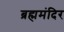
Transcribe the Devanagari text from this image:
ब्रह्ममंदिर